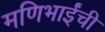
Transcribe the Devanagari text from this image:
मणिभाईंची